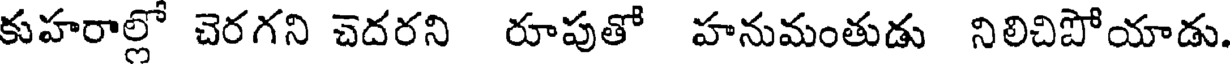
కుహరాల్లో చెరగని చెదరని రూపుతో హనుమంతుడు నిలిచిపోయాడు.